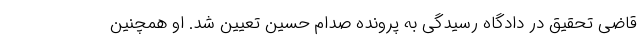
قاضی تحقیق در دادگاه رسیدگی به پرونده صدام حسین تعیین شد. او همچنین